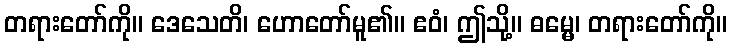
တရားတော်ကို။ ဒေသေတိ၊ ဟောတော်မူ၏။ ဧဝံ၊ ဤသို့။ ဓမ္မေ၊ တရားတော်ကို။